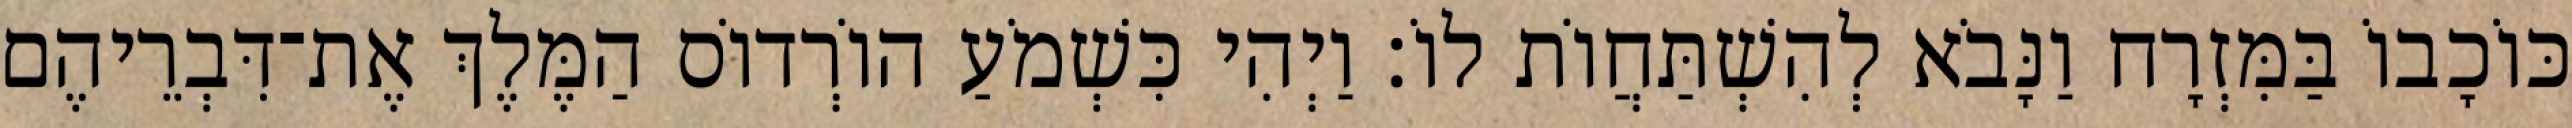
כּוֹכָבוֹ בַּמִּזְרָח וַנָּבֹא לְהִשְׁתַּחֲוֹת לוֹ׃ וַיְהִי כִּשְׁמֹעַ הוֹרְדוֹס הַמֶּלֶךְ אֶת־דִּבְרֵיהֶם